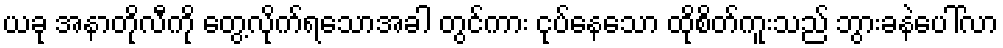
ယခု အနာတိုလီကို တွေ့လိုက်ရသောအခါ တွင်ကား ငုပ်နေသော ထိုစိတ်ကူးသည် ဘွားခနဲပေါ်လာ